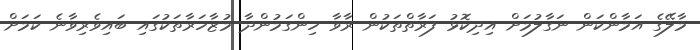
މާލޭގެ އަމާންކަން ނަގާލުމަށް އިދިކޮޅު ފަރާތްތަކުން ރާވާ ހިންގަމުންދާ މުޒާހަރާތަކުގައި ބައިވެރިވާނެ ކަމަށް